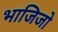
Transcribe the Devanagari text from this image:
भाजिजो